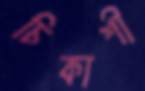
চিকাশী